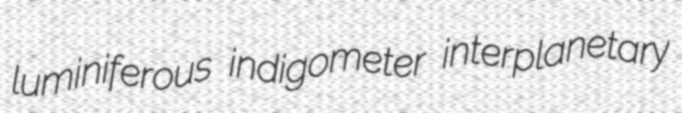
luminiferous indigometer interplanetary